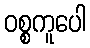
ဝစ္စကူပေါ